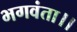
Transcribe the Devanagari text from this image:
भगवंता।।